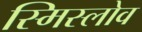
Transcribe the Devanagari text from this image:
स्मिस्लोव